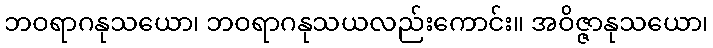
ဘဝရာဂနုသယော၊ ဘဝရာဂနုသယလည်းကောင်း။ အဝိဇ္ဇာနုသယော၊